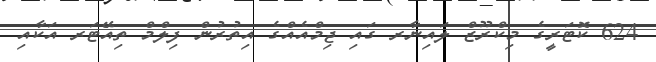
624 ކޮޓަރީގެ މިކްރޫޒް ލައިނާރ ގައި ޖިމްއެއްގެ އިތުރުން ފިލްމް ތިއޭޓަރ އަކާއި